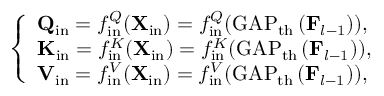
\left\{ \begin{array} { l l } { \mathbf { Q } _ { \mathrm { i n } } = f _ { \mathrm { i n } } ^ { Q } ( \mathbf { X } _ { \mathrm { i n } } ) = f _ { \mathrm { i n } } ^ { Q } ( \operatorname { G A P } _ { \mathrm { t h } } \left( \mathbf { F } _ { l - 1 } \right) ) , } \\ { \mathbf { K } _ { \mathrm { i n } } = f _ { \mathrm { i n } } ^ { K } ( \mathbf { X } _ { \mathrm { i n } } ) = f _ { \mathrm { i n } } ^ { K } ( \operatorname { G A P } _ { \mathrm { t h } } \left( \mathbf { F } _ { l - 1 } \right) ) , } \\ { \mathbf { V } _ { \mathrm { i n } } = f _ { \mathrm { i n } } ^ { V } ( \mathbf { X } _ { \mathrm { i n } } ) = f _ { \mathrm { i n } } ^ { V } ( \operatorname { G A P } _ { \mathrm { t h } } \left( \mathbf { F } _ { l - 1 } \right) ) , } \end{array} \right.